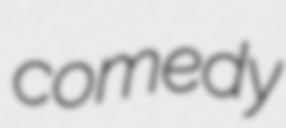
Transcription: comedy